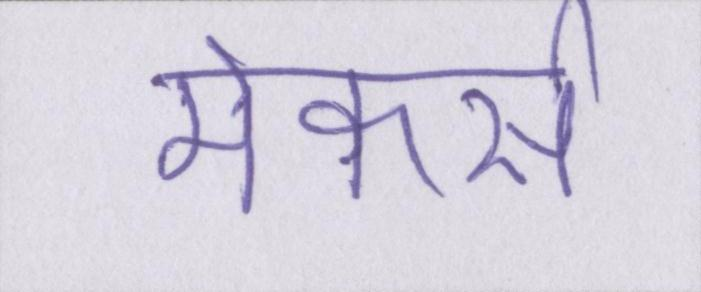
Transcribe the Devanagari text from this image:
मेकर्स